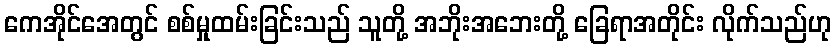
ကေအိုင်အေတွင် စစ်မှုထမ်းခြင်းသည် သူတို့ အဘိုးအဘေးတို့ ခြေရာအတိုင်း လိုက်သည်ဟု